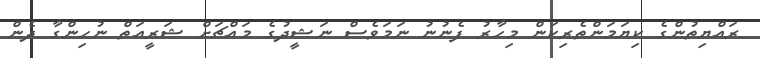
ރައްޔިތުންގެ ކިޔަމަންތެރިކަން މިހާރު ފެނުނު ނަމަވެސް ނަޝީދުގެ މައްޗަށް ޝަރީއަތް ނުހިންގާ ދެން